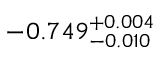
- 0 . 7 4 9 _ { - 0 . 0 1 0 } ^ { + 0 . 0 0 4 }